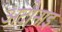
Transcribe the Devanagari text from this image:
अदोनाइ